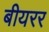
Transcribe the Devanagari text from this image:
बीयरर